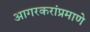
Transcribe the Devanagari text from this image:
आगरकरांप्रमाणे